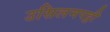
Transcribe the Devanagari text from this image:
उसिलमपट्टी